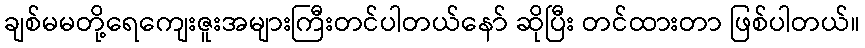
ချစ်မမတို့ရေကျေးဇူးအများကြီးတင်ပါတယ်နော် ဆိုပြီး တင်ထားတာ ဖြစ်ပါတယ်။